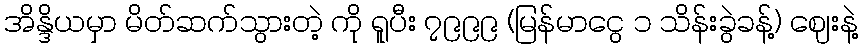
အိန္ဒိယမှာ မိတ်ဆက်သွားတဲ့ ကို ရူပီး ၇၉၉၉ (မြန်မာငွေ ၁ သိန်းခွဲခန့်) ဈေးနဲ့